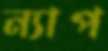
ন্যাপ